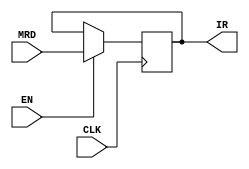
`timescale 1ns / 1ps
//////////////////////////////////////////////////////////////////////////////////
// Company: 
// Engineer: 
// 
// Design Name: 
// Module Name: IR
// Project Name: 
// Target Devices: 
// Tool Versions: 
// Description: 
// 
// Dependencies: 
// 
// Revision:
// Revision 0.01 - File Created
// Additional Comments:
// 
//////////////////////////////////////////////////////////////////////////////////


module IR(input CLK, EN, input [31:0] MRD, output reg [31:0] IR);
always@(posedge CLK) begin

if(EN)begin
IR <= MRD;
end



end
endmodule